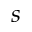
s